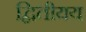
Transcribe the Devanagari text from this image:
द्वितीयय